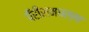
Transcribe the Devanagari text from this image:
पॅरीसमधल्या